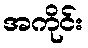
အကိုင်း